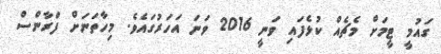
ގައުމީ ޓީމަށް މެޗެއް ކުޅެފައި ވަނީ 2016 ވަނަ އަހަރުގައެވެ. މިހާތަނަށް ފްރާންސް